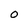
Character: O